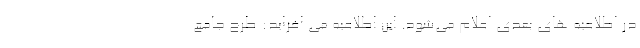
در اطلاعیه های بعدی اعلام می‌شود. این اطلاعیه می افراید: طرح جامع